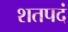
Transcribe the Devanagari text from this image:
शतपदं